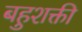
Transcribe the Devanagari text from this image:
बहुशक्ती